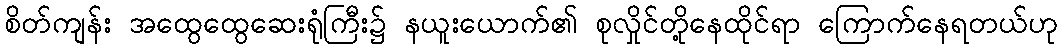
စိတ်ကျန်း အထွေထွေဆေးရုံကြီး၌ နယူးယောက်၏ စုလှိုင်တို့နေထိုင်ရာ ကြောက်နေရတယ်ဟု